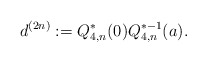
\begin{align*} d^{(2n)}:=Q_{4,n}^*(0)Q_{4,n}^{*-1}(a). \end{align*}